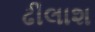
ઢીલાશ